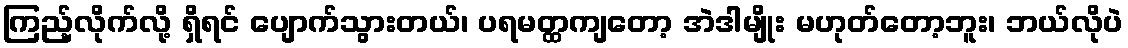
ကြည့်လိုက်လို့ ရှိရင် ပျောက်သွားတယ်၊ ပရမတ္ထကျတော့ အဲဒါမျိုး မဟုတ်တော့ဘူး၊ ဘယ်လိုပဲ